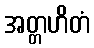
အတ္တဟိတံ